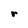
Character: r